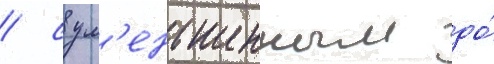
/ с ум'еньшенным до́